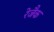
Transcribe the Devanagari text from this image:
रेजैक